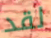
لقد